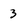
Character: 3